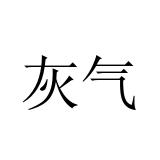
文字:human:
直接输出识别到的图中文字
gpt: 灰气